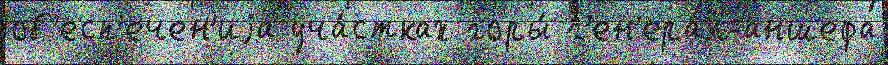
об'есп'ечен'иjа уча́стках горы́ г'ен'ера́л-аншефа